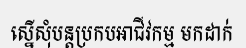
ស្នើសុំបន្តប្រកបអាជីវកម្ម មកដាក់